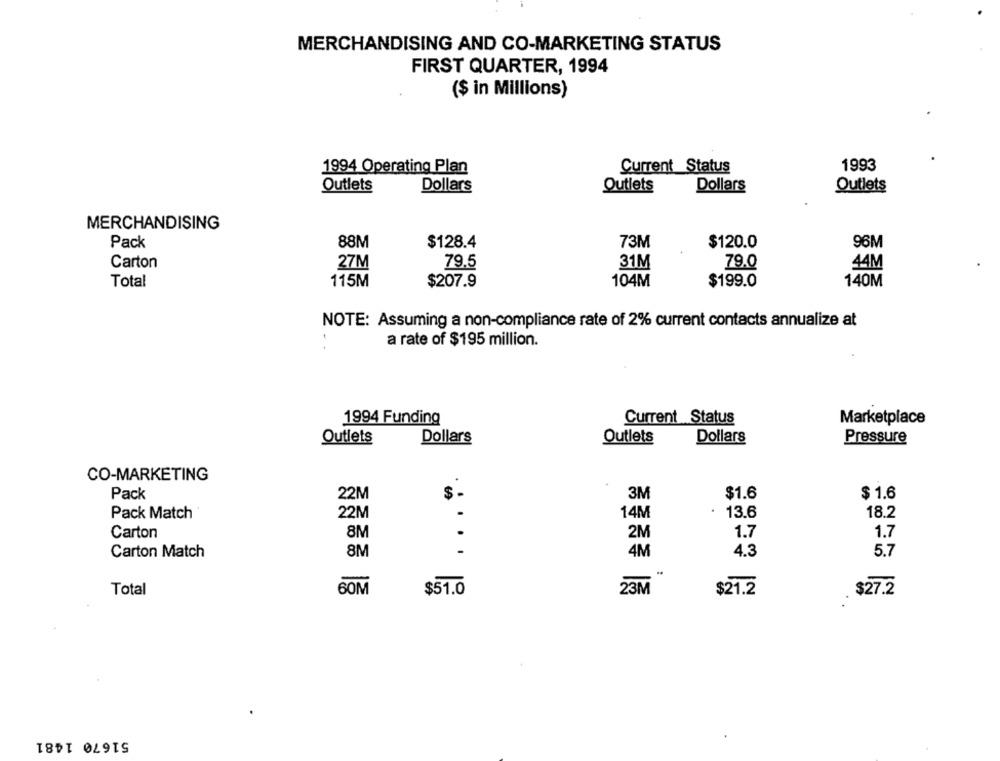
MERCHANDISING AND CO-MARKETING STATUS
FIRST QUARTER, 1994
($ in Millions)
1993
1994 Operating Plan
Current Status
Outlets
Dollars
Outlets
Dollars
Outlets
MERCHANDISING
88M
$128.4
73M
$120.0
Pack
96M
Carton
27M
79.5
31M
79.0
44M
Total
115M
$207.9
104M
$199.0
140M
NOTE: Assuming a non-compliance rate of 2% current contacts annualize at
a rate of $195 million.
1994 Funding
Current Status
Marketplace
Outlets
Dollars
Outlets
Dollars
Pressure
CO-MARKETING
3M
$1.6
Pack
22M
$
$ 1.6
Pack Match
22M
14M
13.6
18.2
Carton
8M
2M
1.7
1.7
Carton Match
8M
. .
4M
4.3
5.7
Total
60M
$51.0
23M
$21.2
$27.2
51670 1481